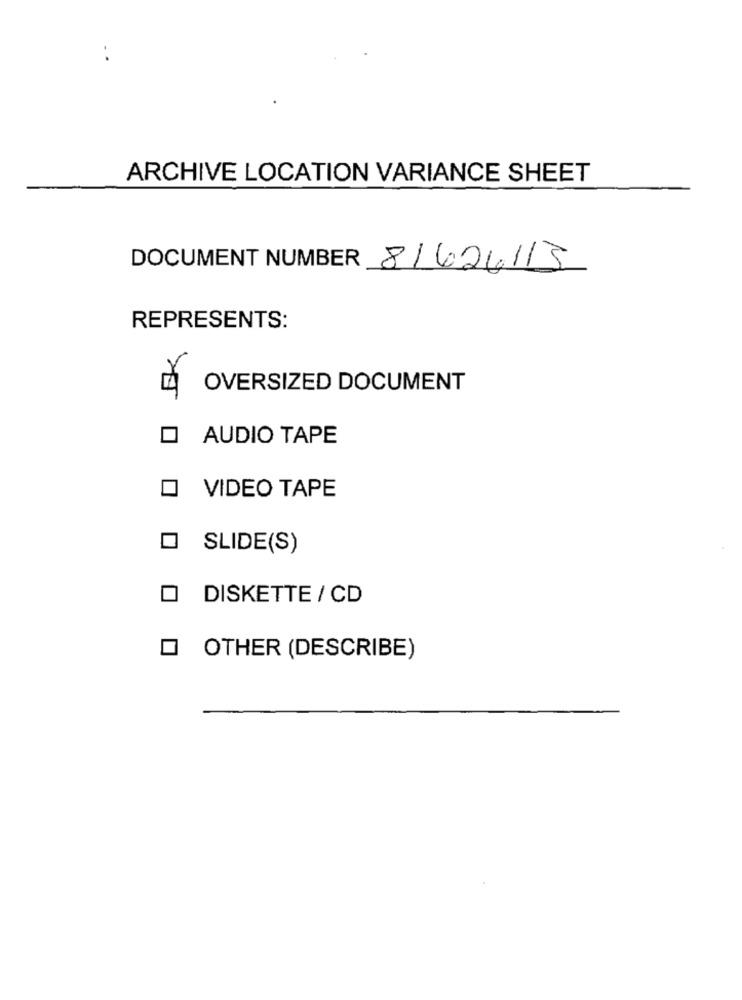
ARCHIVE LOCATION VARIANCE SHEET
DOCUMENT NUMBER 81624115
REPRESENTS:
OVERSIZED DOCUMENT
O AUDIO TAPE
VIDEO TAPE
SLIDE(S)
DISKETTE / CD
OTHER (DESCRIBE)